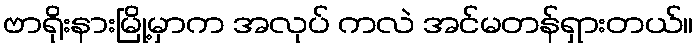
ဗာရိုးနားမြို့မှာက အလုပ် ကလဲ အင်မတန်ရှားတယ်။